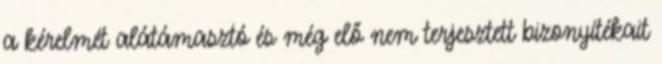
a kérelmét alátámasztó és még elő nem terjesztett bizonyítékait